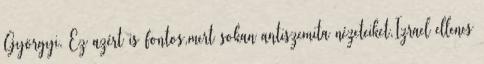
Györgyi. Ez azért is fontos,mert sokan antiszemita nézeteiket,Izrael ellenes